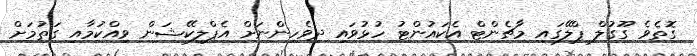
ގޮތެވެ ގޫގުލް ޕްލޭގައި މާޗެންޓް އެކައުންޓު ހުޅުވައި ދިވެހިންނަށް އެޕްލިކޭޝަން ވިއްކުމާއި ގަތުމަށް